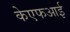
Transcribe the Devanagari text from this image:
केएफआई